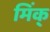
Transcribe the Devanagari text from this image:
मिंक्